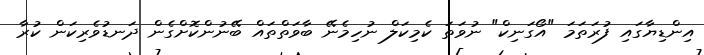
އިންޑިޔާގައި ފުރަތަމަ "އޯގަނިކް" ނުވަަތަ ކެމިކަލް ނުހިމެނޭ ބާވަތްތައް ބޭނުންކޮށްގެން ދަނޑުވެރިކަން ކުރާ